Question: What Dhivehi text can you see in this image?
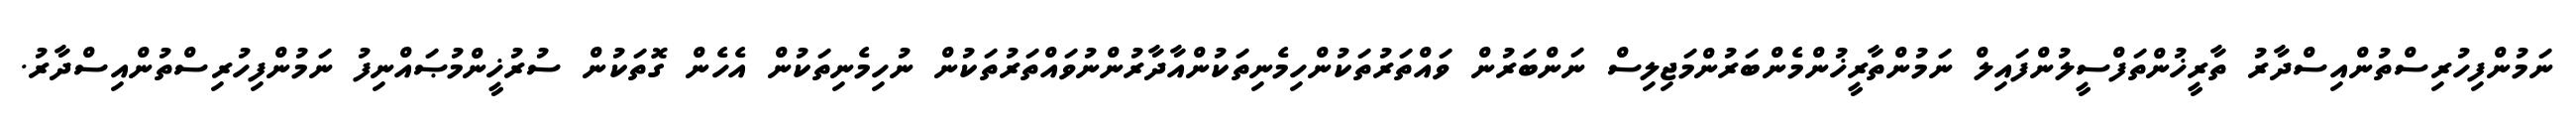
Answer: ނަމުންފިހުރިސްތުންއިސްދާރު ތާރީޚުންތަފްސީލުންފައިލް ނަމުންތާރީޚުންމެންބަރުންމަޖިލިސް ނަންބަރުން ވައްތަރުތަކުންހިމެނިތަކުންއާދާރުންނުވައްތަރުތަކުން ނުހިމެނިތަކުން އެހެން ގޮތަކުން ސުރުޚީންމުޞައްނިފު ނަމުންފިހުރިސްތުންއިސްދާރު.